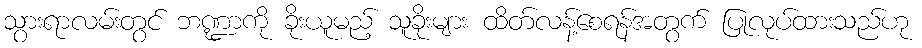
သွားရာလမ်းတွင် ဘဏ္ဍာကို ခိုးယူမည့် သူခိုးများ ထိတ်လန့်စေရန်အတွက် ပြုလုပ်ထားသည်ဟု